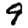
Digit: 9